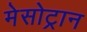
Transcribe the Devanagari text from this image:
मेसोट्रान